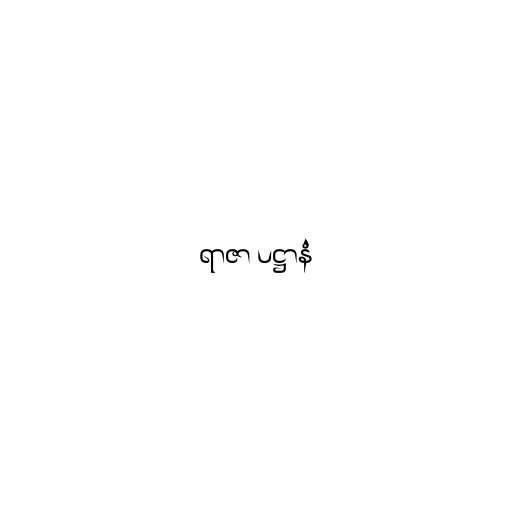
ရာဇာ ပဋ္ဌာနံ